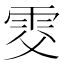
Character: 𩂎